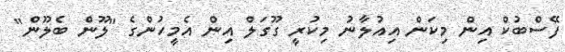
ފޭސްބުކް އިން މިކަން އިއުލާނު މިކުރީ ގޫގަލް އިން އެމީހުންގެ "ލޫން ބެލޫން"